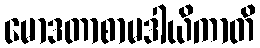
မောဒတာစာမဒါယိကာတိ